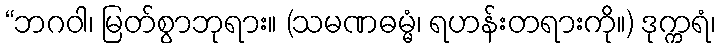
“ဘဂဝါ၊ မြတ်စွာဘုရား။ (သမဏဓမ္မံ၊ ရဟန်းတရားကို။) ဒုက္ကရံ၊